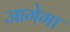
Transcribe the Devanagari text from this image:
जागेगा